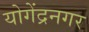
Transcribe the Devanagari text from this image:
योगेंद्रनगर